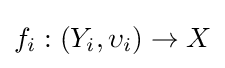
f_{i}:\left(Y_{i},\upsilon _{i}\right)\to X